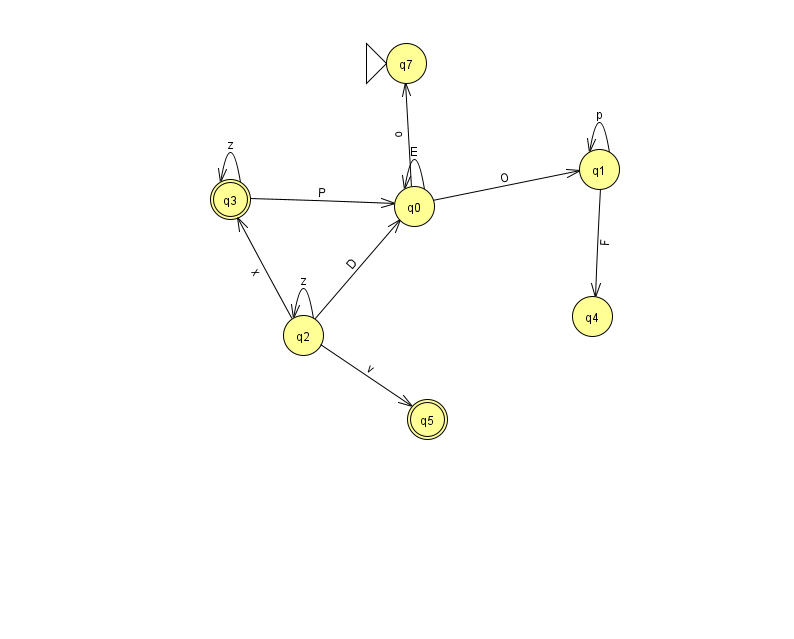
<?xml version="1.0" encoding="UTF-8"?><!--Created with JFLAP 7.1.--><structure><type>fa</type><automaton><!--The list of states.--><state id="0" name="q0"><x>414.0</x><y>193.0</y></state><state id="1" name="q1"><x>599.0</x><y>156.0</y></state><state id="2" name="q2"><x>303.0</x><y>322.0</y></state><state id="3" name="q3"><x>230.0</x><y>186.0</y><final/></state><state id="4" name="q4"><x>592.0</x><y>303.0</y></state><state id="5" name="q5"><x>427.0</x><y>406.0</y><final/></state><state id="7" name="q7"><x>406.0</x><y>50.0</y><initial/></state><!--The list of transitions.--><transition><from>1</from><to>1</to><read>p</read></transition><transition><from>1</from><to>4</to><read>F</read></transition><transition><from>0</from><to>0</to><read>E</read></transition><transition><from>2</from><to>3</to><read>x</read></transition><transition><from>0</from><to>1</to><read>O</read></transition><transition><from>3</from><to>0</to><read>P</read></transition><transition><from>2</from><to>2</to><read>z</read></transition><transition><from>3</from><to>3</to><read>z</read></transition><transition><from>2</from><to>5</to><read>v</read></transition><transition><from>0</from><to>7</to><read>o</read></transition><transition><from>2</from><to>0</to><read>D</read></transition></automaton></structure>